Annual report of the Imperial Bacteriologist
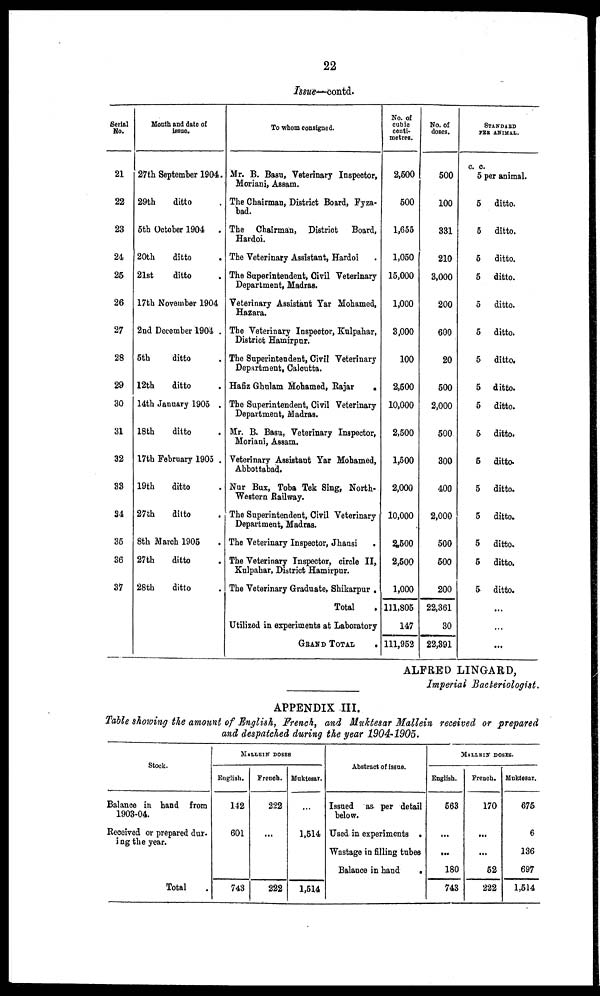
22
Issue-contd.
Serial
No.
21
22
23
24
25
26
27
28
29
30
31
32
33
34
35
36
37
Month and date of
issue.
27th September 1904.
29th
ditto .
5th October 1904 .
20th
ditto .
21st
ditto .
17th November 1904
2nd December 1904 .
5th
ditto .
12th
ditto .
14th January 1905 .
18th
ditto .
17th February 1905 .
19th
ditto .
27th
ditto .
8th March 1905 .
27th
ditto .
28th
ditto .
To whom consigned.
Mr. B. Basu, Veterinary Inspector,
Moriani, Assam.
The Chairman, District Board, Fyza¬
bad.
The Chairman, District Board,
Hardoi.
The Veterinary Assistant, Hardoi
The Superintendent, Civil Veterinary
Department, Madras.
Veterinary Assistant Yar Mohamed,
Hazara.
The Veterinary Inspector, Kulpahar,
District Hamirpur.
The Superintendent, Civil Veterinary
Department, Calcutta.
Hafiz Ghulam Mohamed, Rajar .
The Superintendent, Civil Veterinary
Department, Madras.
Mr. B. Basu, Veterinary Inspector,
Moriani, Assam.
Veterinary Assistant Yar Mohamed,
Abbottabad.
Nur Bux, Toba Tek Sing, North¬
Western Railway.
The Superintendent, Civil Veterinary
Department, Madras.
The Veterinary Inspector, Jhansi .
The Veterinary Inspector, circle II,
Kulpahar, District Hamirpur.
The Veterinary Graduate, Shikarpur .
Total .
Utilized in experiments at Laboratory
GRAND TOTAL .
No. of
cubic
centi-
metres.
2,500
500
1,655
1,050
15,000
1,000
3,000
100
2,500
10,000
2,500
1,500
2,000
10,000
2,500
2,500
1,000
111,805
147
111,952
No. of
doses.
500
100
331
210
3,000
200
600
20
500
2,000
500
300
400
2,000
500
500
200
22,361
30
22,391
STANDARD
PER ANIMAL.
c. c.
5 per animal.
5
5
5
5
5
5
5
5
5
5
5
5
5
5
5
5
ditto.
ditto.
ditto.
ditto.
ditto.
ditto.
ditto.
ditto.
ditto.
ditto.
ditto.
ditto.
ditto.
ditto.
ditto.
ditto.
...
...
...
ALFRED LINGARD,
Imperial Bacteriologist.
APPENDIX III.
Table showing the amount of English, French, and Muktesar Mallein received or prepared
and despatched during the year 1904-1905.
Stock.
Balance in hand from
1903-04.
Received or prepared dur¬
ing the year.
Total
MALLEIN DOSES
English.
142
601
743
French.
222
...
222
Muktesar.
...
1,514
1,514
Abstract of issue.
Issued as per detail
below.
Used in experiments
Wastage in filling tubes
Balance in hand
.
MALLEIN DOSES.
English.
563
...
180
743
French.
170
...
52
222
Muktesar.
675
6
136
697
1,514